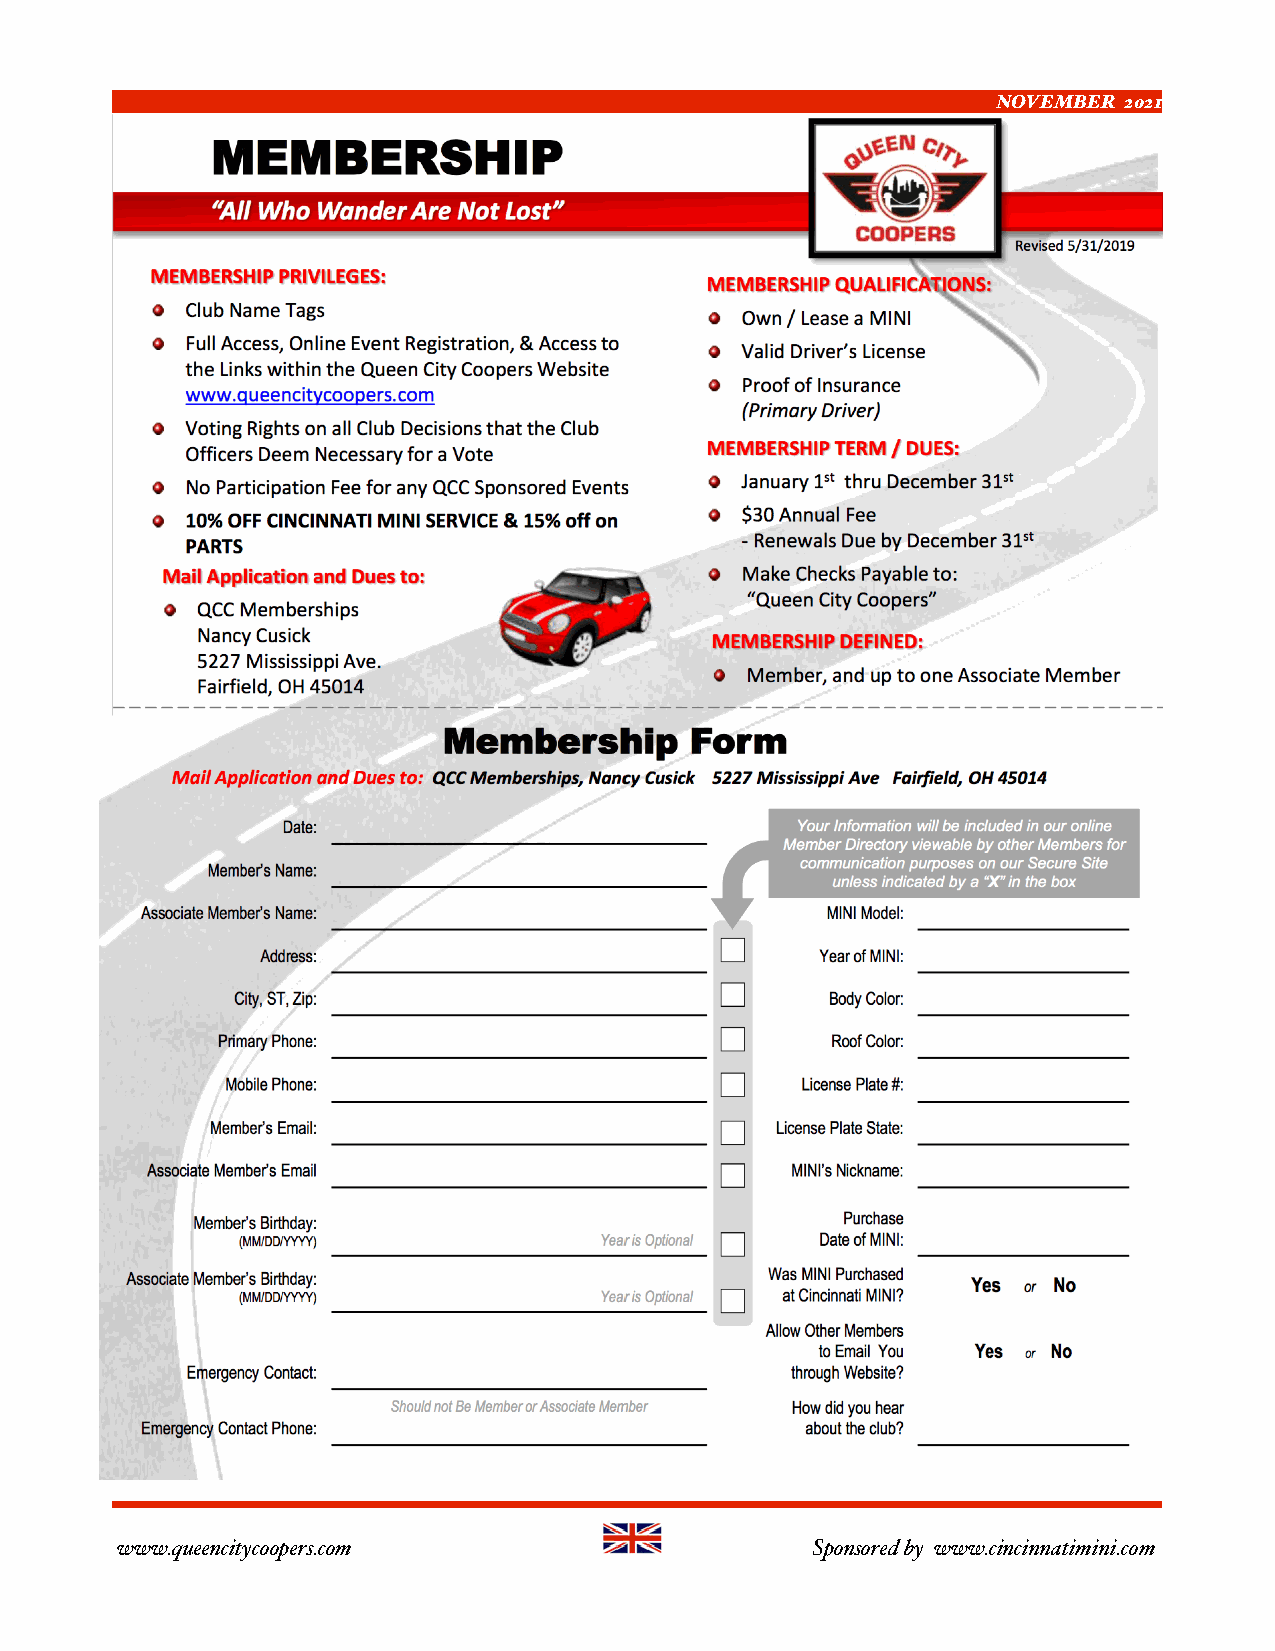
NOVEMBER 2021
 www.queencitycoopers.com                     Sponsored by www.cincinnatimini.com